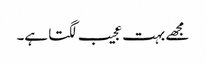
مجھے بہت عجیب لگتا ہے۔